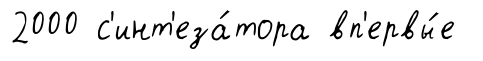
2000 с'инт'еза́тора вп'ервы́е